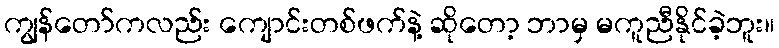
ကျွန်တော်ကလည်း ကျောင်းတစ်ဖက်နဲ့ ဆိုတော့ ဘာမှ မကူညီနိုင်ခဲ့ဘူး။